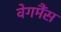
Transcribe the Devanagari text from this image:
वेगमैंस